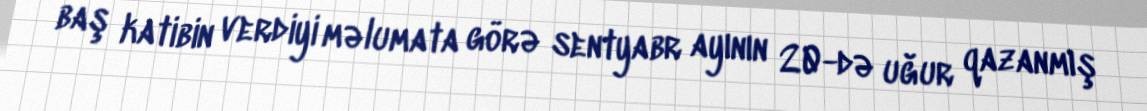
baş katibin verdiyi məlumata görə sentyabr ayının 20-də uğur qazanmış